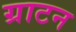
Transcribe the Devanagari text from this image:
ग्राटन